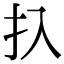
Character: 扖